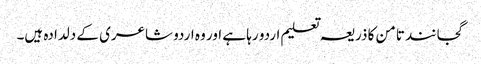
گجانند تامن کا ذریعہ تعلیم اردو رہا ہے اور وہ اردو شاعری کے دلدادہ ہیں۔